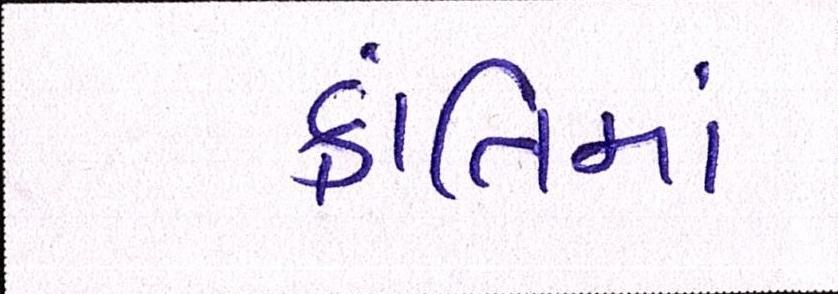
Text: ક્રાંતિમાં